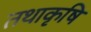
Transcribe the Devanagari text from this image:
तथाकृषि